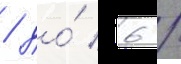
/ до́ 6 /